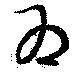
為